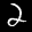
Label: 2